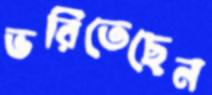
ভরিতেছেন